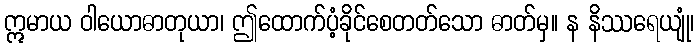
ဣမာယ ဝါယောဓာတုယာ၊ ဤထောက်ပံ့ခိုင်စေတတ်သော ဓာတ်မှ။ န နိဿရေယျုံ၊